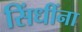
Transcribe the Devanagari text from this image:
सिंधींना